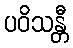
ပဝိသန္တီ